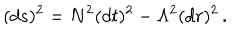
( d s ) ^ { 2 } = N ^ { 2 } ( d t ) ^ { 2 } - \Lambda ^ { 2 } ( d r ) ^ { 2 } \, .